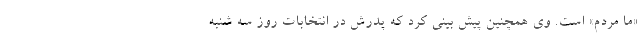
«ما مردم» است. وی همچنین پیش بینی کرد که پدرش در انتخابات روز سه شنبه